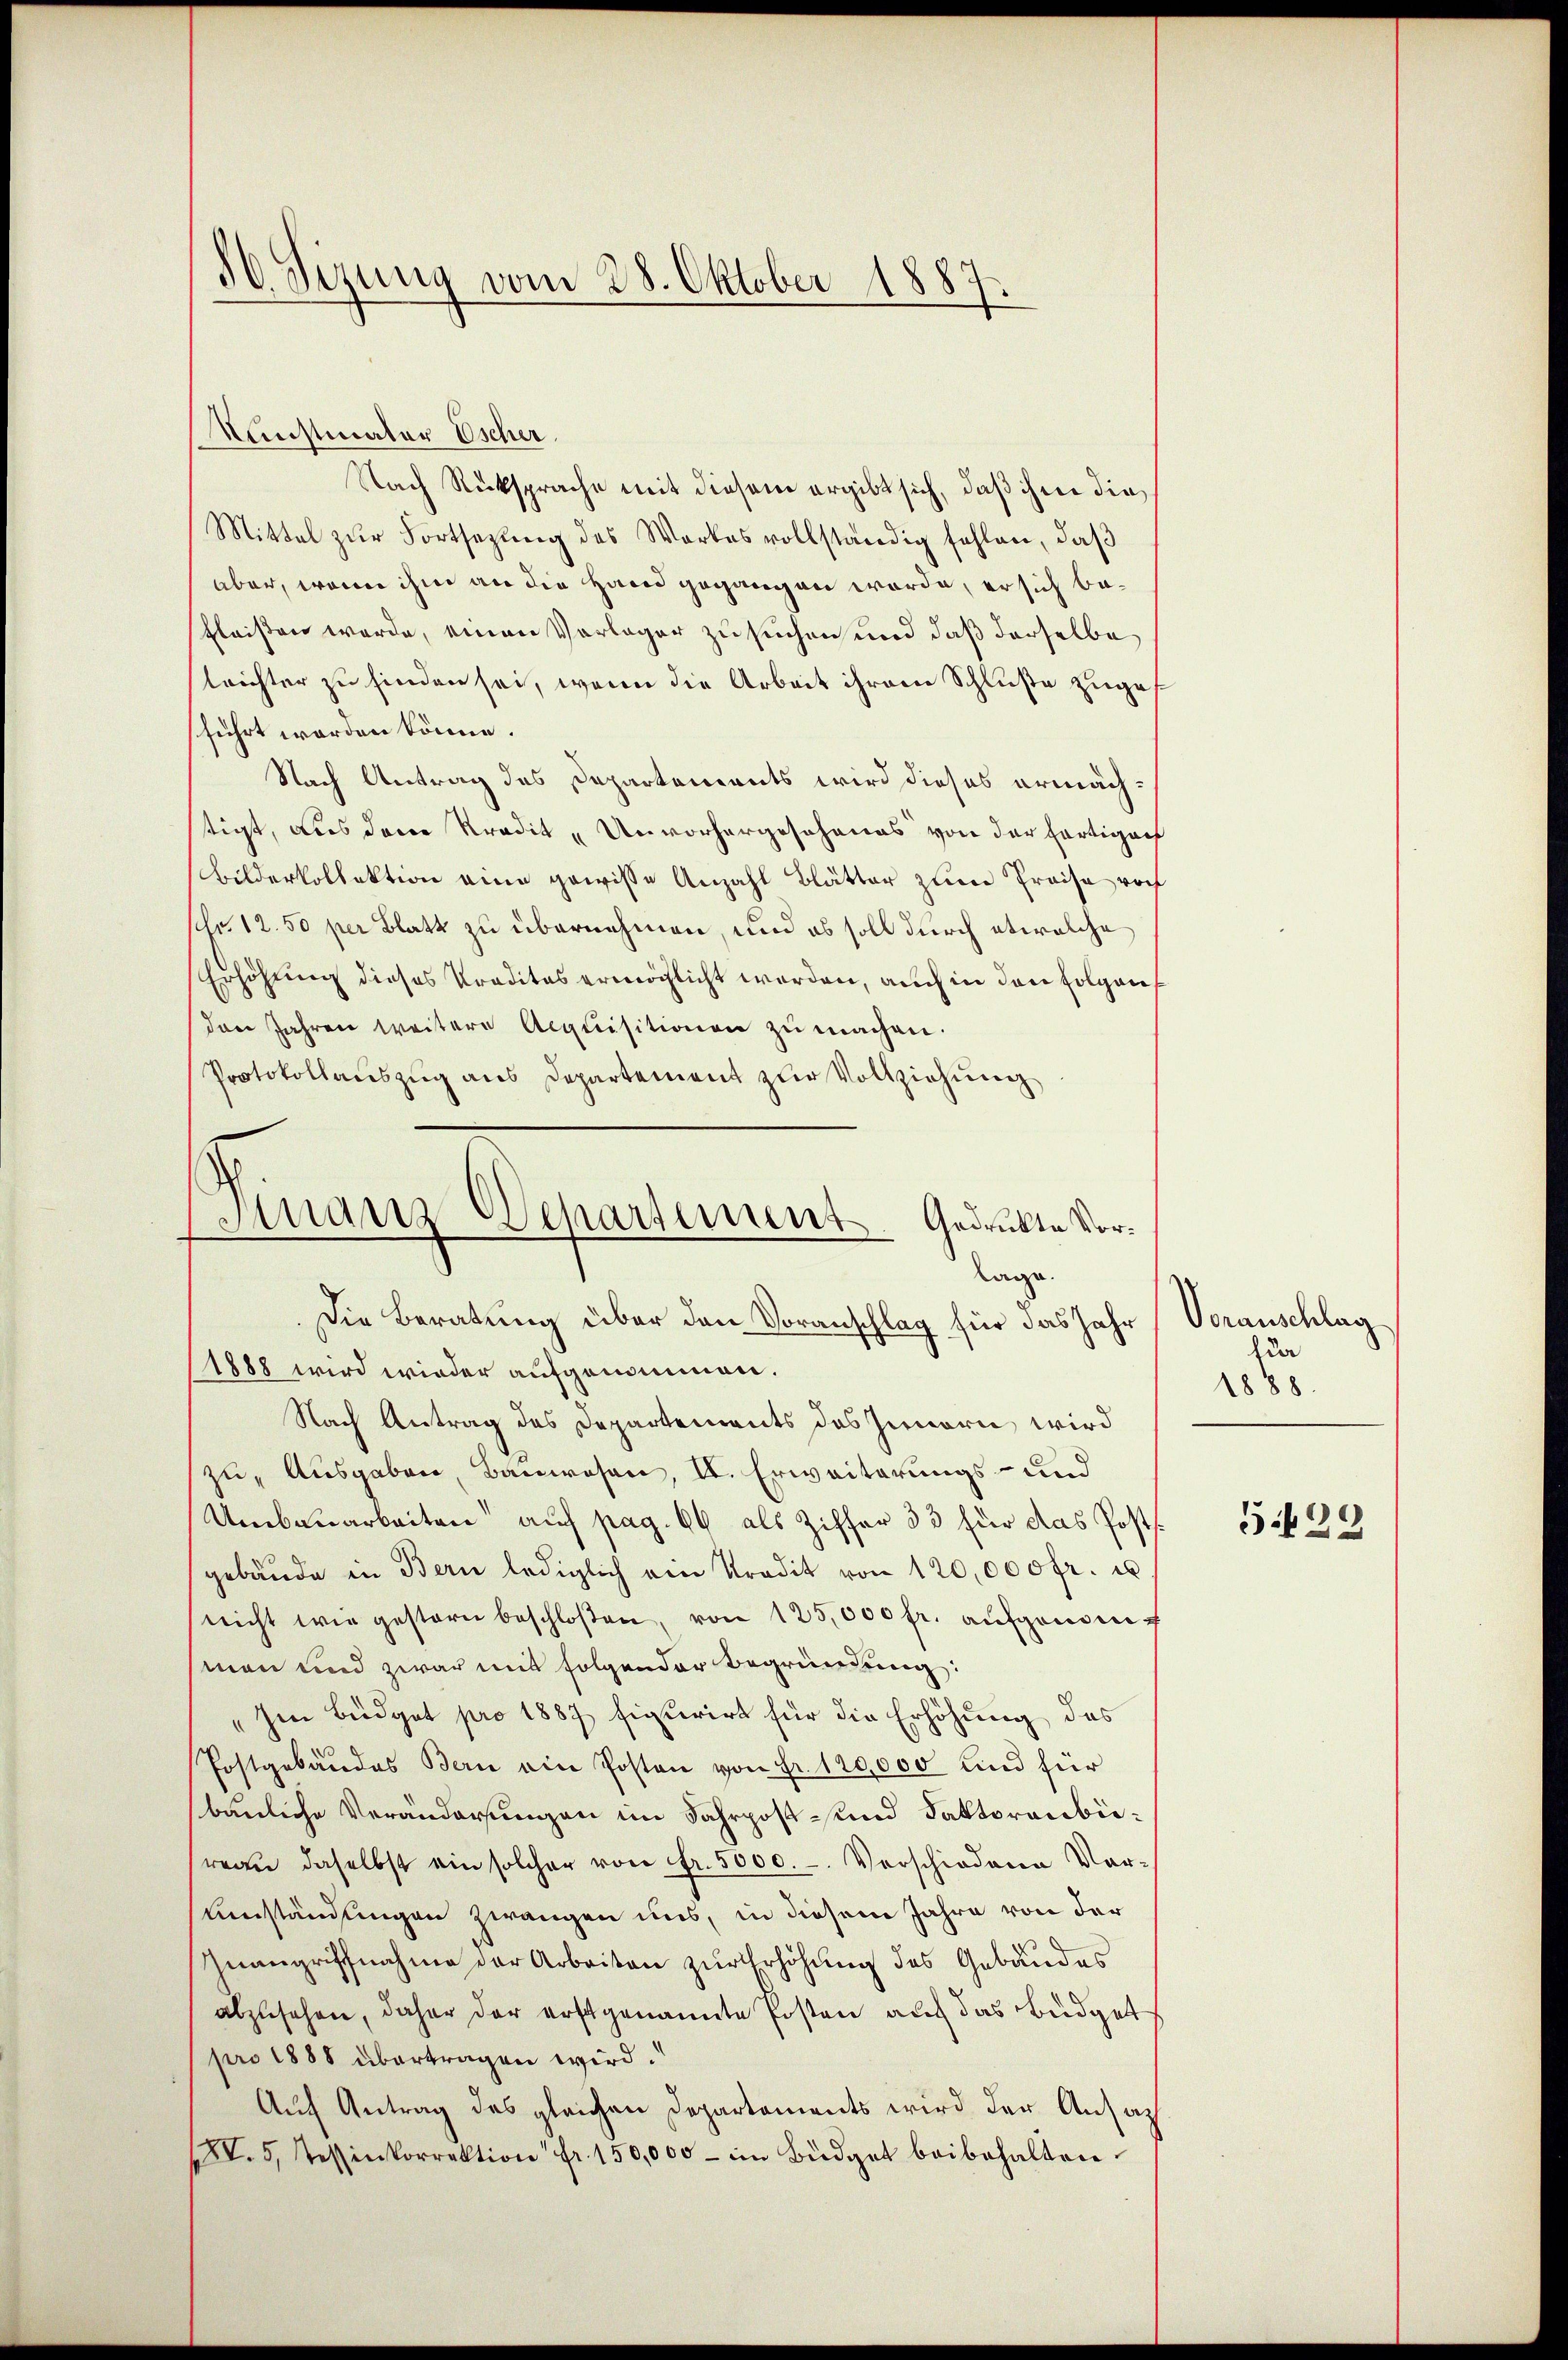
86. Sizung vom 28. Oktober 1887.

Munstmater Escher.
Nach Rücksprache mit diesem ergibt sich, daß ihrer die¬
Mittel zur Fortsetzung des Wortes vollständig fehlen, daß
aber, wenn ihm an die Hand gegangen werde, er sich befleißen werde, einen Vorlager zu suchen und daß derselbe
lrichter zu finden sei, wenn die Arbeit ihrem Schluße zugef
führt worden könne.
Nach Antrag des Departements wird dieses ermächtigt, aus dem Kredit „Unvorhergesehenes von der Fertiger
Bilderkollektion eine gewisse Anzahl Blätter zum Preise roch
schr. 12. 50 per Blatt zu übernehmen, und es soll durch etwelche
Erhöhung dieses Praditas ermöglicht werden, auch in den Folgen
den Jahren weitere Acquisitionen zŭ machen.
Protokollauszug aus Departement zur Vollziehung
Nach Antrag des Departements des Innern wird
zu Ausgaben, Bauwesen, II. Erweiterungs- und
Umbauarbeiten auf pag. 66 als Ziffer 33 für das Posts
gebäŭde in Bern lediglich von Tradit von 120,000 fr. u
nicht wie gestern beschloßen, von 125,000 fr. aŭfgenomman und zwar mit folgender Begründung:
„Im Büdget pro 1887 figurirt für die Erhöhung des
Postgebäŭdes Bern ein Posten von Fr. 120,000 und für
bäuliche Veränderungen im Fahrpost- und Faktorenbereau daselbst ein solcher von Fr. 5000.-. Verschiedene Vor-
Uständungen zwangen uns, in diesem Jahre von der
Inangriffnahme der Arbeiten zur Erhöhung des Gebäudes
abzusehen, daher der erstgenannte Posten auf das Büdget
pro 1888 übertragen wird.
Auf Antrag des gleichen Departements wird der Ansatz
V. 5, Tessinkorrektion fr. 150,000 - im Büdget beibehalten.

Finanz-Departement. Gedruckte Vorlage.
Die Beratung über den Voranschlag für das Jahr
1888 wird wieder aufgenommen.

Voranschlag
fer
1888.

5499